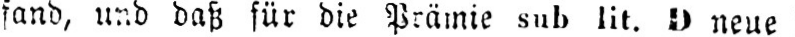
neue